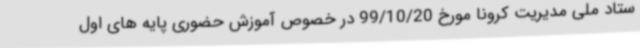
ستاد ملی مدیریت کرونا مورخ 99/10/20 در خصوص آموزش حضوری پایه های اول